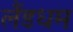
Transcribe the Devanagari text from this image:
लैंडधम